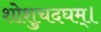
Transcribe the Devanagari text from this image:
शोशुचदघम्।